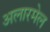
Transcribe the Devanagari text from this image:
अलारमेल